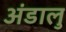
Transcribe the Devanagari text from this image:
अंडालु